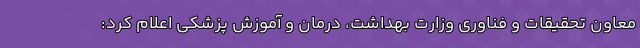
معاون تحقیقات و فناوری وزارت بهداشت، درمان و آموزش پزشکی اعلام کرد: